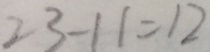
2 3 - 1 1 = 1 2